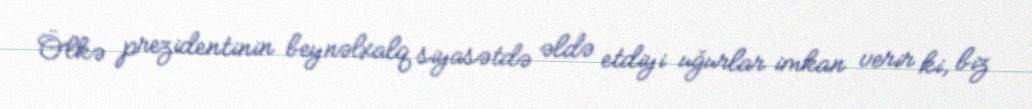
Ölkə prezidentinin beynəlxalq siyasətdə əldə etdiyi uğurlar imkan verir ki, biz